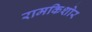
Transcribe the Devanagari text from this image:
रामकिशोर